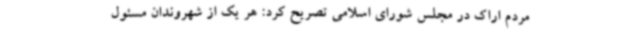
مردم اراک در مجلس شورای اسلامی تصریح کرد: هر یک از شهروندان مسئول